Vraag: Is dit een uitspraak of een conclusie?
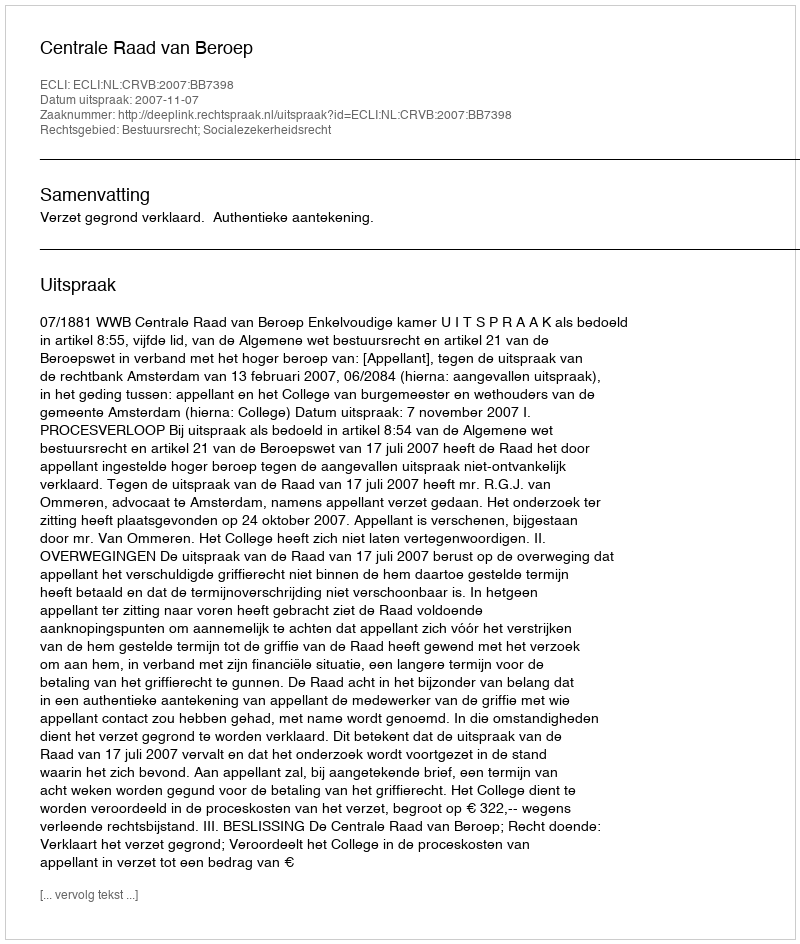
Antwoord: Uitspraak